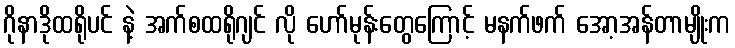
ဂိုနာဒိုထရိုပင် နဲ့ အက်စထရိုဂျင် လို ဟော်မုန်းတွေကြောင့် မနက်ဖက် အော့အန်တာမျိုးက